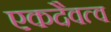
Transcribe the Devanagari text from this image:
एकदैवत्व